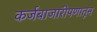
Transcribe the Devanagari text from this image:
कर्जबाजारीपणातून